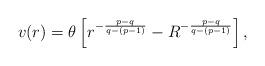
LaTeX: \begin{align*} v(r)= \theta \left[ r^{-\frac{p-q}{q-(p-1)}} -R^{-\frac{p-q}{q-(p-1)}} \right], \end{align*}